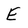
Character: E